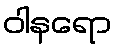
ဝါနရော